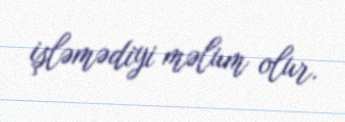
işləmədiyi məlum olur.